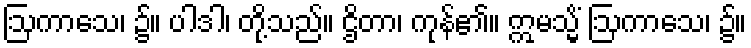
ဩကာသေ၊ ၌။ ပါဒါ၊ တို့သည်။ ဌိတာ၊ ကုန်၏။ ဣမသ္မိံ ဩကာသေ၊ ၌။